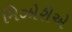
મિઝોરીએ